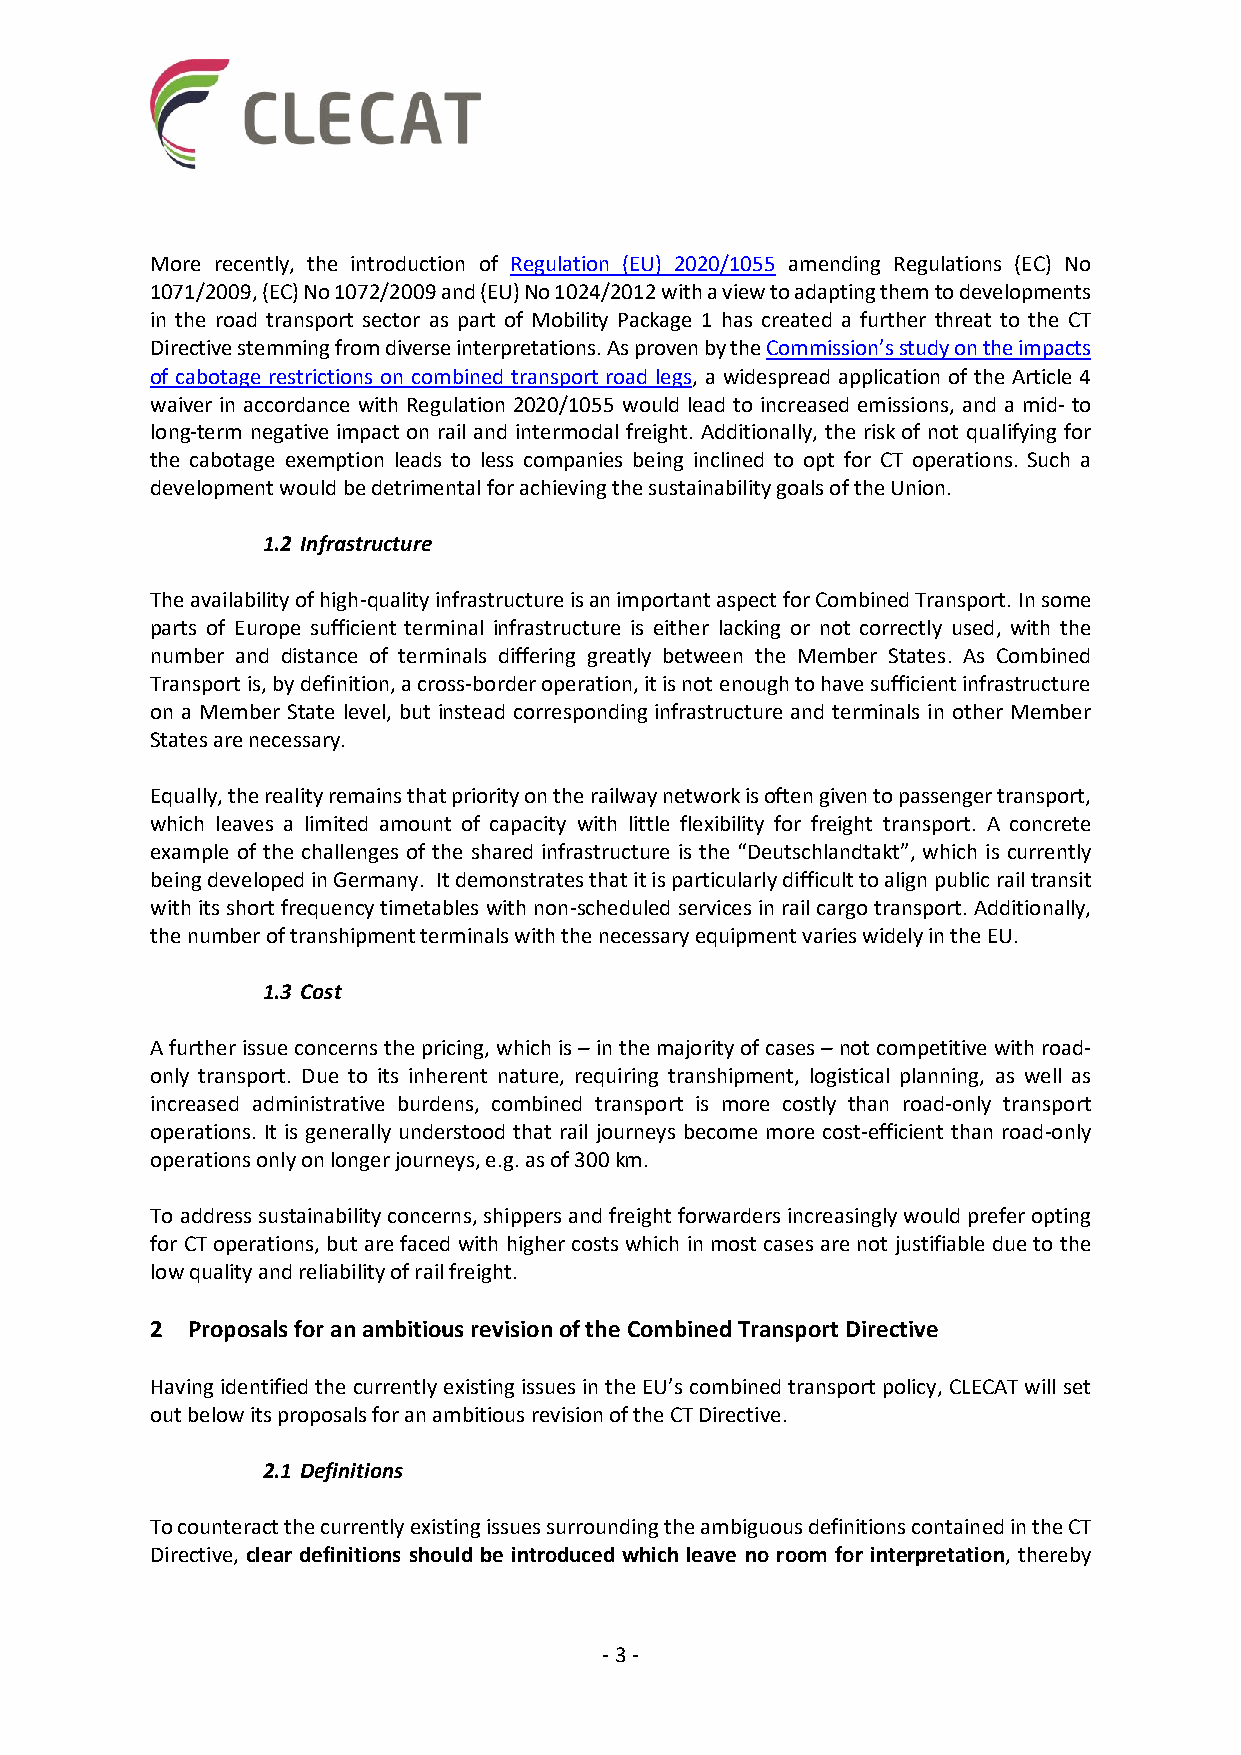
More recently, the introduction of Regulation (EU) 2020/1055 amending Regulations (EC) No
 1071/2009, (EC) No 1072/2009 and (EU) No 1024/2012 with a view to adapting them to developments
 in the road transport sector as part of Mobility Package 1 has created a further threat to the CT
 Directive stemming from diverse interpretations. As proven by the Commission’s study on the impacts
 of cabotage restrictions on combined transport road legs, a widespread application of the Article 4
 waiver in accordance with Regulation 2020/1055 would lead to increased emissions, and a mid- to
 long-term negative impact on rail and intermodal freight. Additionally, the risk of not qualifying for
 the cabotage exemption leads to less companies being inclined to opt for CT operations. Such a
 development would be detrimental for achieving the sustainability goals of the Union.
 1.2 Infrastructure
 The availability of high-quality infrastructure is an important aspect for Combined Transport. In some
 parts of Europe sufficient terminal infrastructure is either lacking or not correctly used, with the
 number and distance of terminals differing greatly between the Member States. As Combined
 Transport is, by definition, a cross-border operation, it is not enough to have sufficient infrastructure
 on a Member State level, but instead corresponding infrastructure and terminals in other Member
 States are necessary.
 Equally, the reality remains that priority on the railway network is often given to passenger transport,
 which leaves a limited amount of capacity with little flexibility for freight transport. A concrete
 example of the challenges of the shared infrastructure is the “Deutschlandtakt”, which is currently
 being developed in Germany. It demonstrates that it is particularly difficult to align public rail transit
 with its short frequency timetables with non-scheduled services in rail cargo transport. Additionally,
 the number of transhipment terminals with the necessary equipment varies widely in the EU.
 1.3 Cost
 A further issue concerns the pricing, which is – in the majority of cases – not competitive with road-
 only transport. Due to its inherent nature, requiring transhipment, logistical planning, as well as
 increased administrative burdens, combined transport is more costly than road-only transport
 operations. It is generally understood that rail journeys become more cost-efficient than road-only
 operations only on longer journeys, e.g. as of 300 km.
 To address sustainability concerns, shippers and freight forwarders increasingly would prefer opting
 for CT operations, but are faced with higher costs which in most cases are not justifiable due to the
 low quality and reliability of rail freight.
 2 Proposals for an ambitious revision of the Combined Transport Directive
 Having identified the currently existing issues in the EU’s combined transport policy, CLECAT will set
 out below its proposals for an ambitious revision of the CT Directive.
 2.1 Definitions
 To counteract the currently existing issues surrounding the ambiguous definitions contained in the CT
 Directive, clear definitions should be introduced which leave no room for interpretation, thereby
 - 3 -